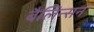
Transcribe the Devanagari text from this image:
बैलिन्सन